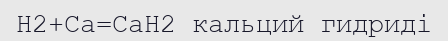
Н2+Са=СаН2 кальций гидриді